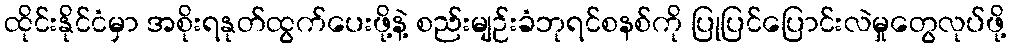
ထိုင်းနိုင်ငံမှာ အစိုးရနုတ်ထွက်ပေးဖို့နဲ့ စည်းမျဉ်းခံဘုရင်စနစ်ကို ပြုပြင်ပြောင်းလဲမှုတွေလုပ်ဖို့